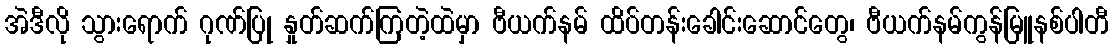
အဲဒီလို သွားရောက် ဂုဏ်ပြု နှုတ်ဆက်ကြတဲ့ထဲမှာ ဗီယက်နမ် ထိပ်တန်းခေါင်းဆောင်တွေ၊ ဗီယက်နမ်ကွန်မြူနစ်ပါတီ